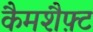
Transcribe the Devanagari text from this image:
कैमशैफ़्ट